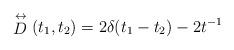
LaTeX: \begin{align*}\stackrel{\leftrightarrow}{D}(t_1,t_2)=2\delta(t_1-t_2)-2t^{-1}\end{align*}